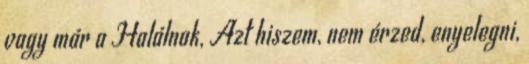
vagy már a Halálnak, Azt hiszem, nem érzed, enyelegni,